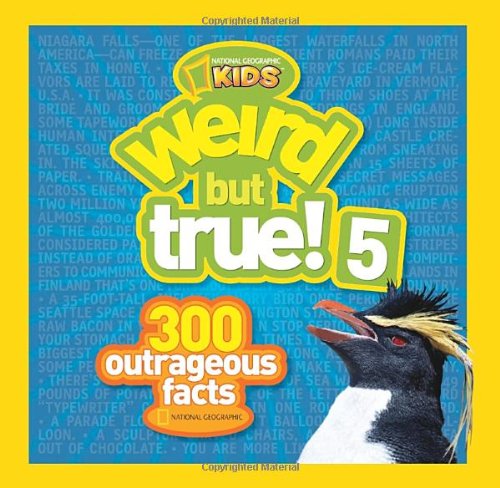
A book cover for Weird but True! 5: 300 Outrageous Facts; National Geographic Kids; Children's Books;